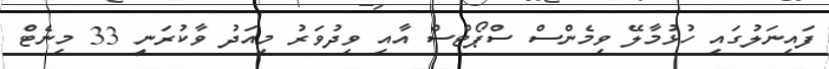
ފައިނަލުގައި ހުޅުމާލޭ ވިމެންސް ސްޕޯޓްސް އާއި ވިދުވަރު މިއަދު ވާކުރަނީ 33 މިނެޓް